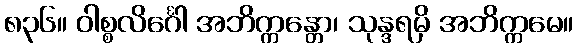
၈၃၆။ ဝါစ္စလိင်္ဂေါ အဘိက္ကန္တော၊ သုန္ဒရမှိ အဘိက္ကမေ။